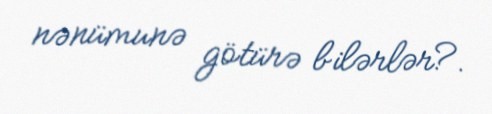
nənümunə götürə bilərlər?.